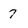
Character: 7